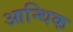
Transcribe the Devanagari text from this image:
आन्धिक